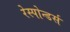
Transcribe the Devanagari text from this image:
रेस्पोन्डर्स